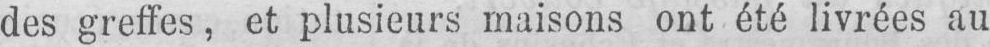
des greffes, et plusieurs maisons ont été livrées au